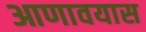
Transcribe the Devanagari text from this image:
आणावयास